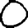
Digit: 0